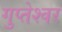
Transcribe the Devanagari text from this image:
गुप्तेश्‍वर